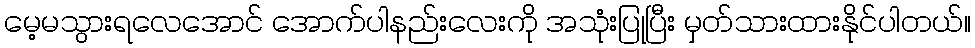
မေ့မသွားရလေအောင် အောက်ပါနည်းလေးကို အသုံးပြုပြီး မှတ်သားထားနိုင်ပါတယ်။